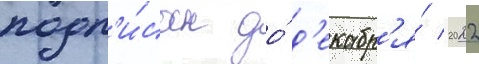
подп'и́сан до́ д'екабр'я́ 2022